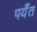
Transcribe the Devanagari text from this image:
पर्यँत